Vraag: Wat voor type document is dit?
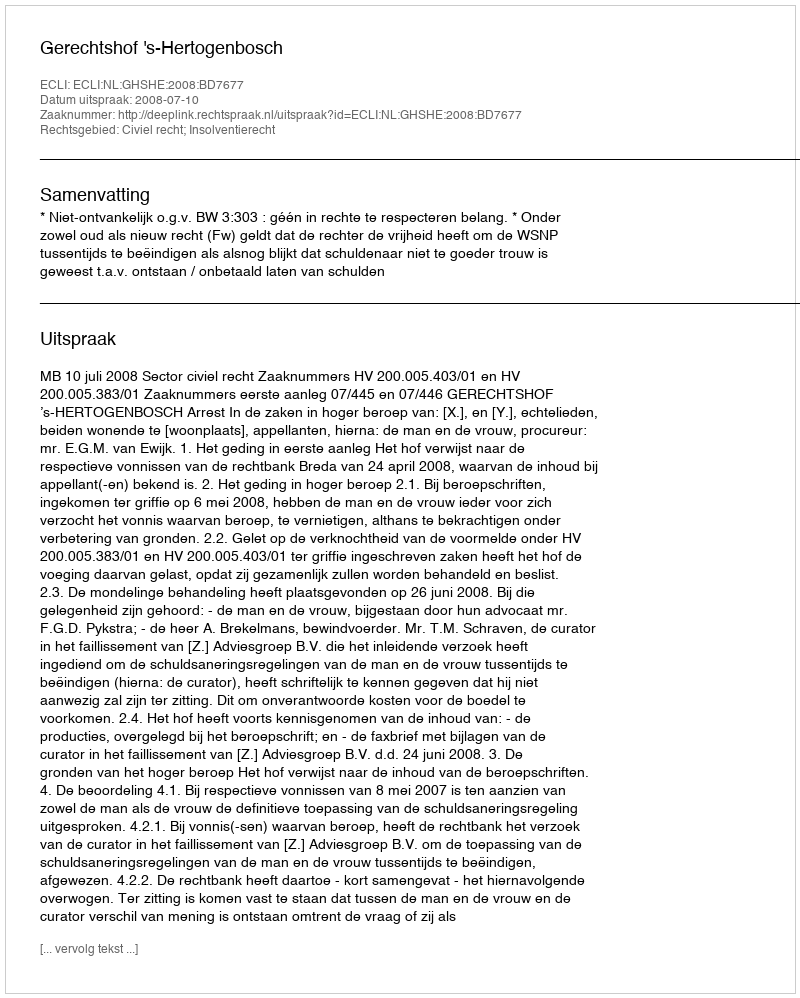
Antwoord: Uitspraak